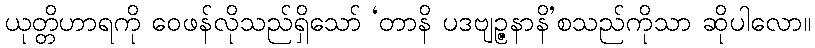
ယုတ္တိဟာရကို ဝေဖန်လိုသည်ရှိသော် ‘တာနိ ပဒဗျဉ္ဇနာနိ’စသည်ကိုသာ ဆိုပါလော။